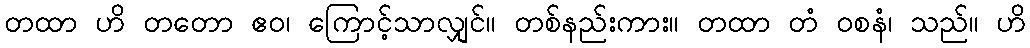
တထာ ဟိ တတော ဧဝ၊ ကြောင့်သာလျှင်။ တစ်နည်းကား။ တထာ တံ ဝစနံ၊ သည်။ ဟိ